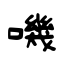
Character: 嘰